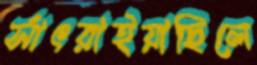
সাঁৎরাইয়াছিলে